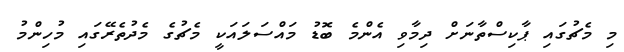
މި މެޗުގައި ޕާކިސްތާނަށް ދިމާވި އެންމެ ބޮޑު މައްސަލައަކީ މެޗުގެ މެދުތެރޭގައި މުހިންމު